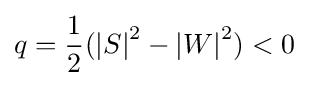
q={\frac {1}{2}}({\vert S\vert }^{2}-{\vert W\vert }^{2})<0